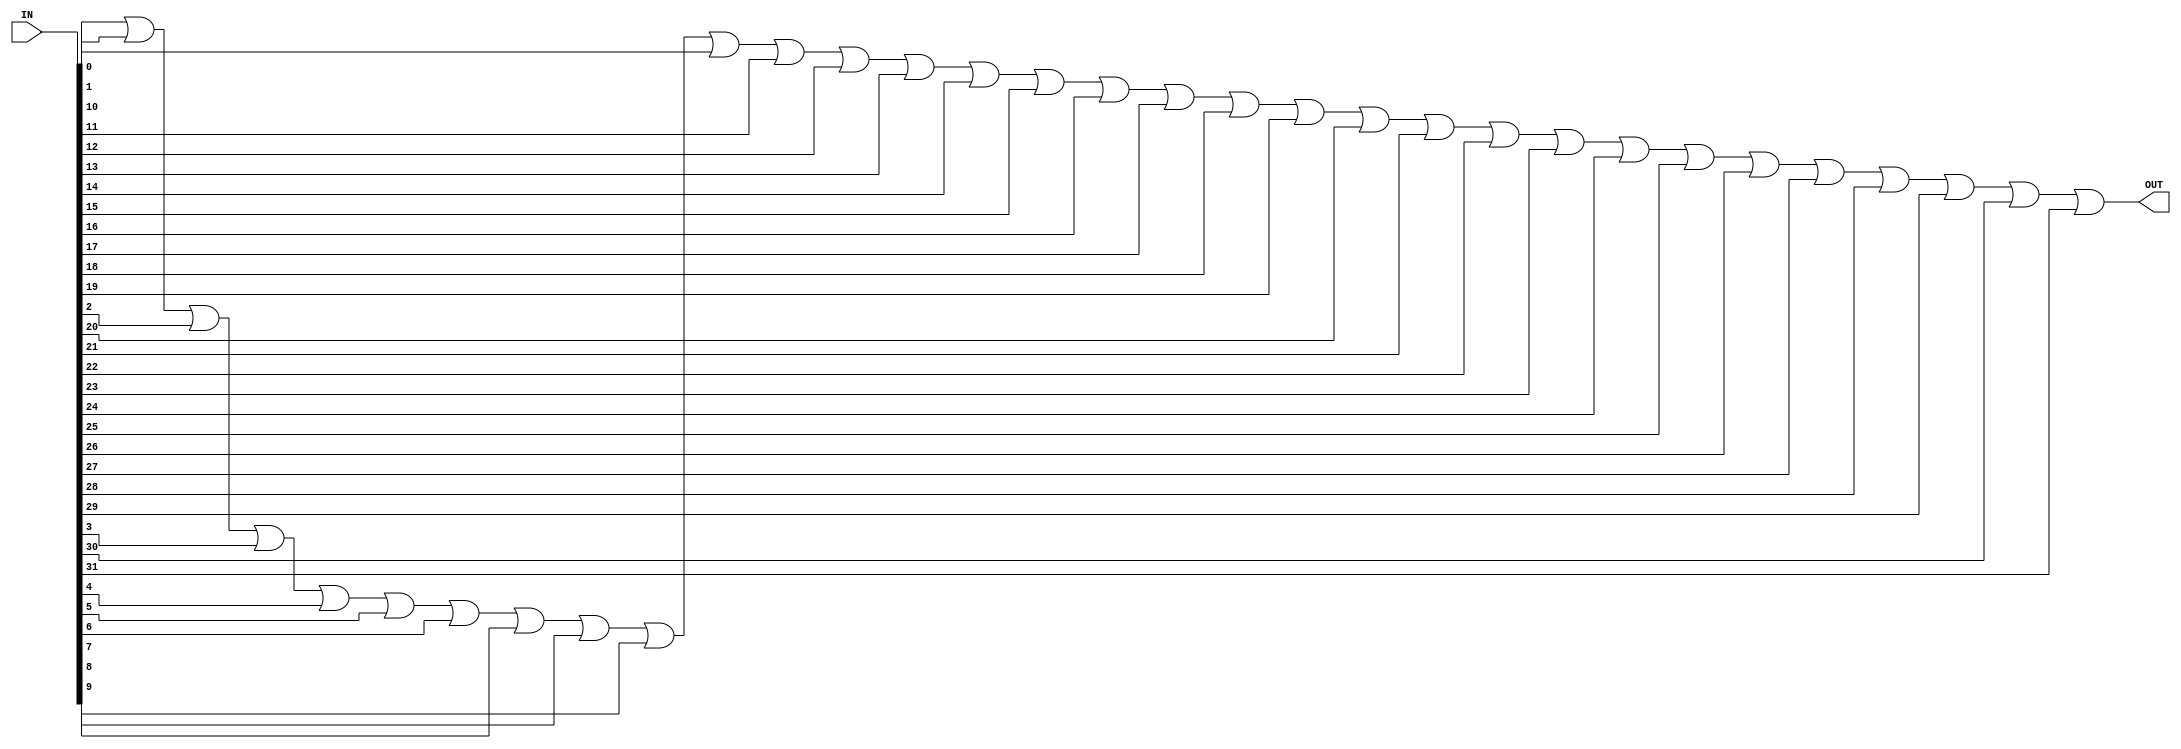
`timescale 1ns / 1ps
//////////////////////////////////////////////////////////////////////////////////
// Company: Tecnolgico de Costa Rica
// 
// Module Name: OR_32bit
// Project Name: Proyecto_RISCV
// Description: OR de 32 bits
// 
// Revision:
// Revision 0.01 - File Created
//
//////////////////////////////////////////////////////////////////////////////////


module OR_32bit(
    input [31:0] IN,
    output OUT
    );
    
    assign OUT = IN[0] | IN[1] | IN[2] | IN[3] | IN[4] | IN[5] | IN[6] | IN[7] |
                 IN[8] | IN[9] | IN[10] | IN[11] | IN[12] | IN[13] | IN[14] | IN[15] |
                 IN[16] | IN[17] | IN[18] | IN[19] | IN[20] | IN[21] | IN[22] | IN[23] |
                 IN[24] | IN[25] | IN[26] | IN[27] | IN[28] | IN[29] | IN[30] | IN[31];
    
    
endmodule